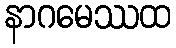
နာဂမေဿထ